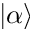
| \alpha \rangle